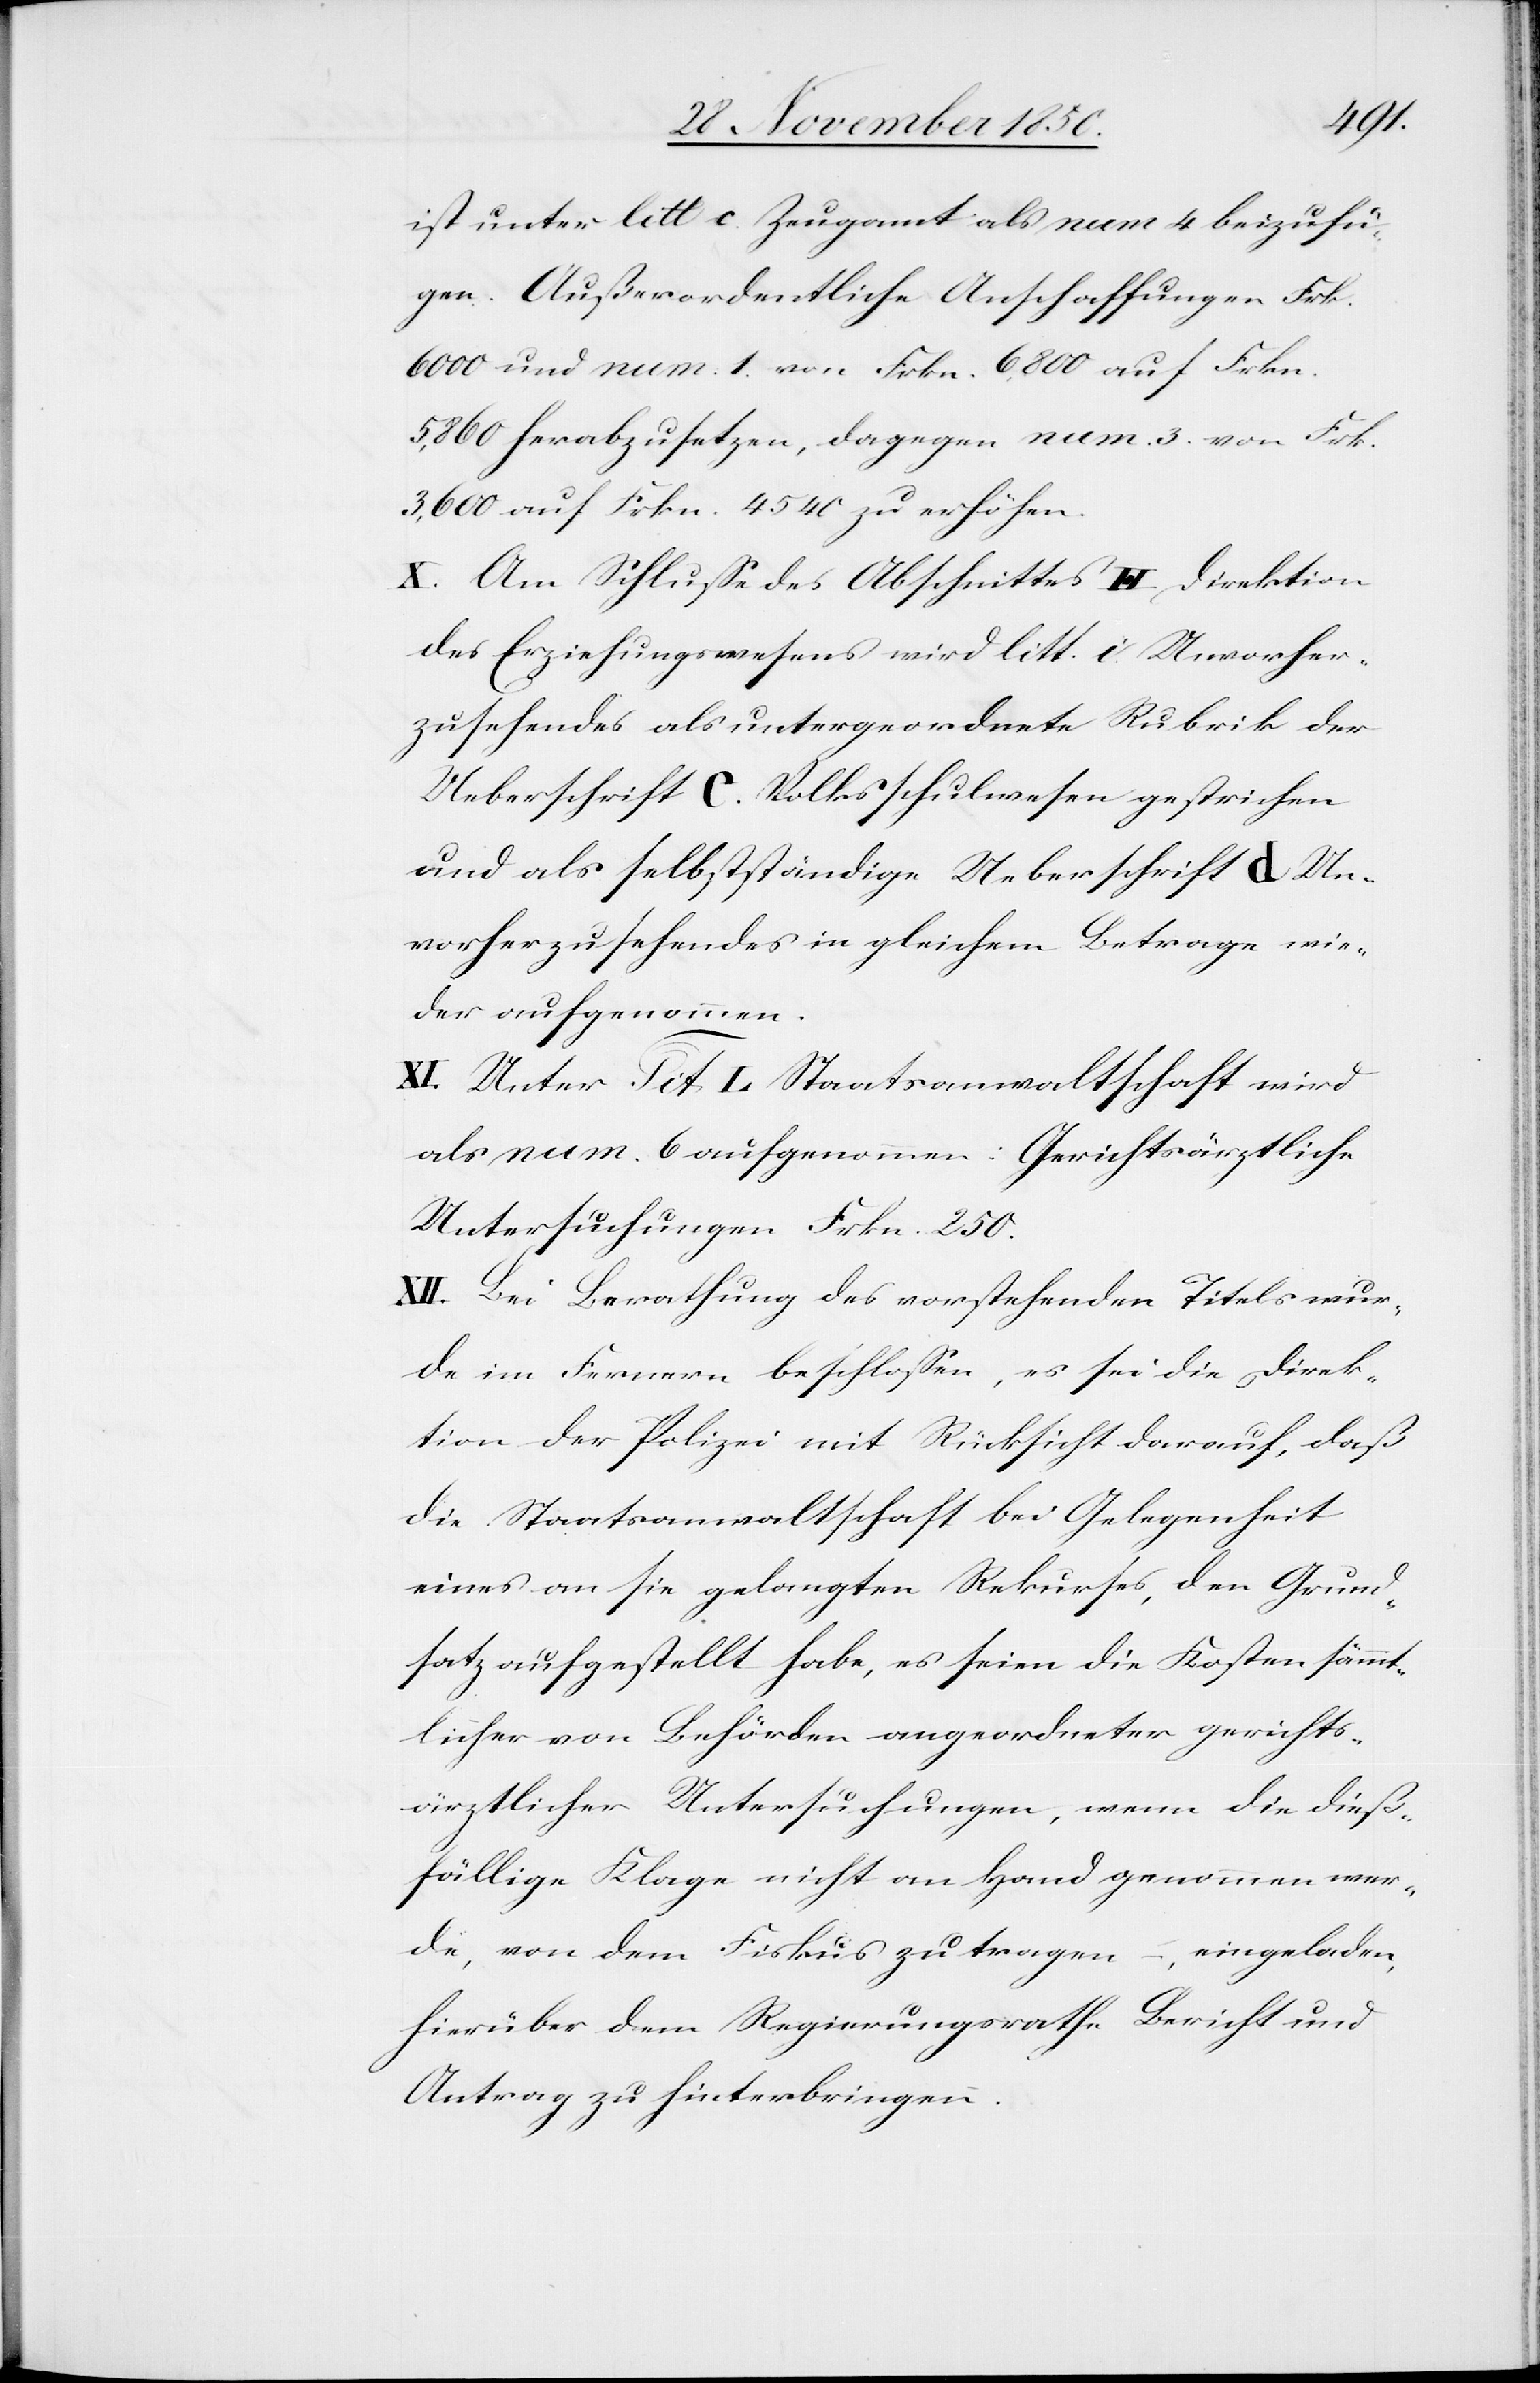
ist unter litt c. Zeugamt als num 4 beizufü¬
gen. Außerordentliche Anschaffungen Frk.
6000 und num 1. von Frkn. 6,800 auf Frkn.
5,860 herabzusetzen, dagegen num. 3. von Frk.
3,600 auf Frkn. 4540 zu erhöhen.
X. Am Schlusse des Abschnittes H Direktion
des Erziehungswesens wird litt. i. Unvorher¬
zusehendes als untergeordnete Rubrik der
Ueberschrift C. Volksschulwesen gestrichen
und als selbstständige Ueberschrift d Un¬
vorherzusehendes in gleichem Betrage wie¬
der aufgenommen.
XI. Unter Tit. L Staatsanwaltschaft wird
als num. 6 aufgenommen: Gerichtsärztliche
Untersuchungen Frkn. 250
XII. Bei Berathung des vorstehenden Titels wur¬
de im Fernern beschlossen, es sei die Direk¬
tion der Polizei mit Rücksicht darauf, daß
die Staatsanwaltschaft bei Gelegenheit
eines an sie gelangten Rekurses, den Grund¬
satz aufgestellt habe, es seien die Kosten sämmt¬
licher von Behörden angeordneter gerichts¬
ärztlicher Untersuchungen, wenn die dieß¬
fällige Klage nicht an Hand genommen wer¬
de, von dem Fiskus zu tragen, eingeladen,
hierüber dem Regierungsrathe Bericht und
Antrag zu hinterbringen.